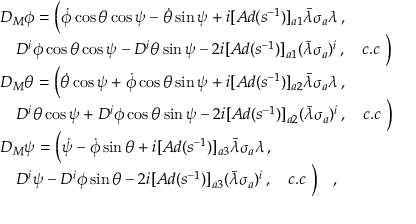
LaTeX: \begin{array} { l } { { \displaystyle { \cal D } _ { M } \phi = \Bigl ( \dot { \phi } \cos \theta \cos \psi - \dot { \theta } \sin \psi + i [ A d ( s ^ { - 1 } ) ] _ { a 1 } \bar { \lambda } \sigma _ { a } \lambda \, , } } \\ { { \displaystyle \quad D ^ { i } \phi \cos \theta \cos \psi - D ^ { i } \theta \sin \psi - 2 i [ A d ( s ^ { - 1 } ) ] _ { a 1 } ( \bar { \lambda } \sigma _ { a } ) ^ { i } \, , \quad c . c \ \Bigr ) } } \\ { { \displaystyle { \cal D } _ { M } \theta = \Bigl ( \dot { \theta } \cos \psi + \dot { \phi } \cos \theta \sin \psi + i [ A d ( s ^ { - 1 } ) ] _ { a 2 } \bar { \lambda } \sigma _ { a } \lambda \, , } } \\ { { \displaystyle \quad D ^ { i } \theta \cos \psi + D ^ { i } \phi \cos \theta \sin \psi - 2 i [ A d ( s ^ { - 1 } ) ] _ { a 2 } ( \bar { \lambda } \sigma _ { a } ) ^ { i } \, , \quad c . c \ \Bigr ) } } \\ { { \displaystyle { \cal D } _ { M } \psi = \Bigl ( \dot { \psi } - \dot { \phi } \sin \theta + i [ A d ( s ^ { - 1 } ) ] _ { a 3 } \bar { \lambda } \sigma _ { a } \lambda \, , } } \\ { { \displaystyle \quad D ^ { i } \psi - D ^ { i } \phi \sin \theta - 2 i [ A d ( s ^ { - 1 } ) ] _ { a 3 } ( \bar { \lambda } \sigma _ { a } ) ^ { i } \, , \quad c . c \ \Bigr ) \quad , } } \end{array}